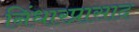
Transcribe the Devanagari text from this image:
निंधारप्रासाद